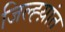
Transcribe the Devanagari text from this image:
जिल्ह्य़ांत